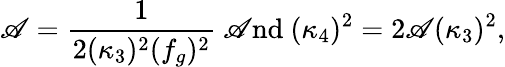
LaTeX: \mathscr{A}=\frac{{1}}{{2(\kappa_{3})^{2}(f_{g})^{2}}}~\mathrm{{\mathscr{A}nd}}~(\kappa_{4})^{2}=2\mathscr{A}(\kappa_{3})^{2},